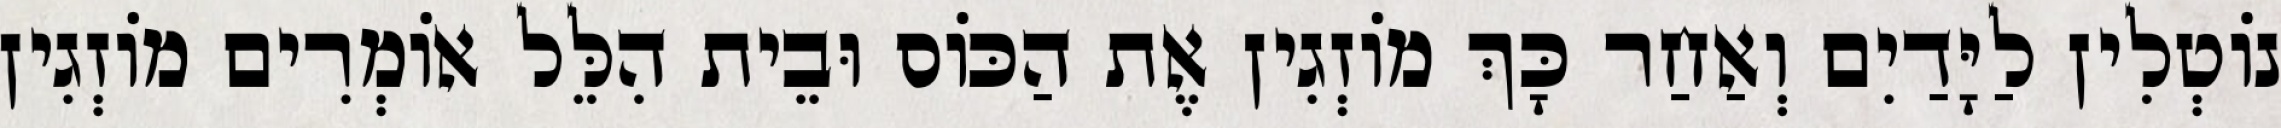
נוֹטְלִין לַיָּדַיִם וְאַחַר כָּךְ מוֹזְגִין אֶת הַכּוֹס וּבֵית הִלֵּל אוֹמְרִים מוֹזְגִין